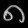
Digit: ၈